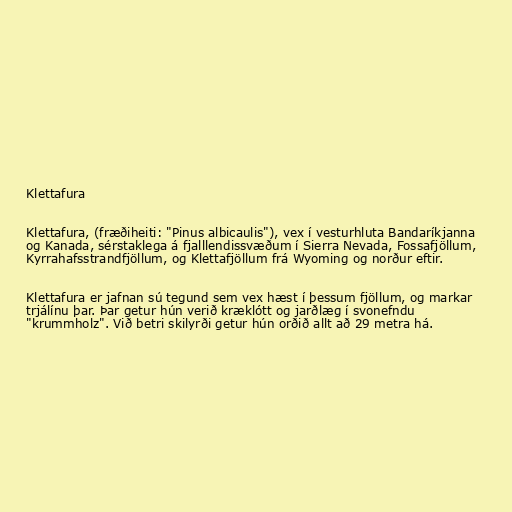
Klettafura

Klettafura, (fræðiheiti: "Pinus albicaulis"), vex í vesturhluta Bandaríkjanna
og Kanada, sérstaklega á fjalllendissvæðum í Sierra Nevada, Fossafjöllum,
Kyrrahafsstrandfjöllum, og Klettafjöllum frá Wyoming og norður eftir.

Klettafura er jafnan sú tegund sem vex hæst í þessum fjöllum, og markar
trjálínu þar. Þar getur hún verið kræklótt og jarðlæg í svonefndu
"krummholz". Við betri skilyrði getur hún orðið allt að 29 metra há.